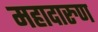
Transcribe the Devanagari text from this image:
महादारुण